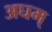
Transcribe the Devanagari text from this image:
अघम्